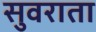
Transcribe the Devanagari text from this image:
सुवराता